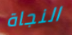
النجاة